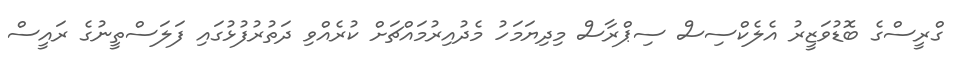
ގްރީސްގެ ބޮޑުވަޒީރު އެލެކްސިސް ސިޕްރާސް މިދިޔަމަހު މެދުއިރުމައްޗަށް ކުރެއްވި ދަތުރުފުޅުގައި ފަލަސްތީނުގެ ރައީސް